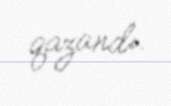
qazandı.